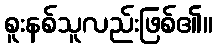
စူးနစ်သူလည်းဖြစ်၏။